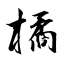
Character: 橘